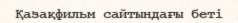
Қазақфильм сайтындағы беті